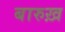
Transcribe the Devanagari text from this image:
बारुख़